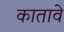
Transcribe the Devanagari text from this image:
कातावे